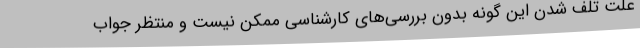
علت تلف شدن این گونه بدون بررسی‌های کارشناسی ممکن نیست و منتظر جواب